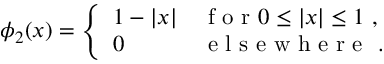
\phi _ { 2 } ( x ) = \left\{ \begin{array} { l l } { 1 - | x | } & { \mathrm { ~ f ~ o ~ r ~ } 0 \le | x | \le 1 \ , } \\ { 0 } & { \mathrm { ~ e ~ l ~ s ~ e ~ w ~ h ~ e ~ r ~ e ~ } \ . } \end{array} \right.